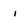
Character: i